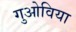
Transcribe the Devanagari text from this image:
गुओविया